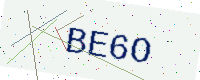
Text: BE6O